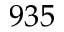
9 3 5